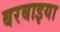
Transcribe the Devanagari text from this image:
बरबाइया